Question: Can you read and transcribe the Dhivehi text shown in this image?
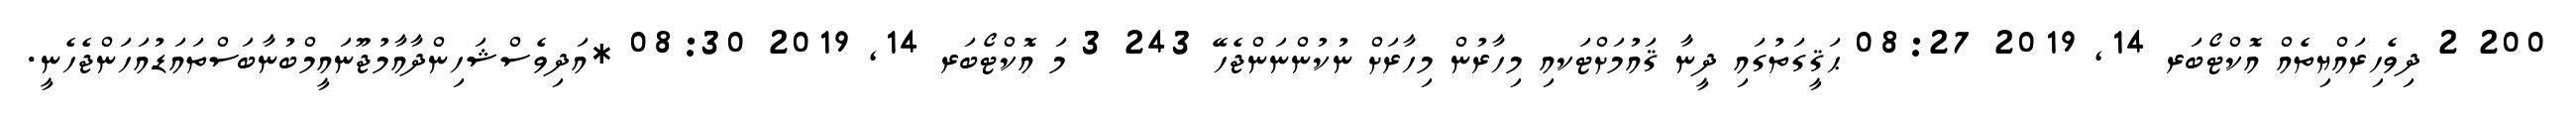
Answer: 200 2 ދިވެހިރައްޔިތެއް އޮކްޓޯބަރ 14, 2019 08:27 ޙަޤީގަތުގައި ދީނާ ޤައުމަށްޓަކއި މިހާރުން މިހާރަށް ނުކުންނަންޖެހޭ 243 3 މަ އޮކްޓޯބަރ 14, 2019 08:30 *އަދިވެސްޝަހިންދާއާމުޖޫނައީމްބުނާބަސްތައަޑުއަހަންޖެހެނީ.